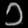
Digit: ၁